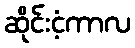
ဆိုင်းငံ့ကာလ